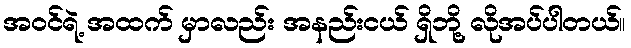
အဝင်ရဲ့ အထက် မှာလည်း အနည်းငယ် ရှိဘို့ လိုအပ်ပါတယ်။